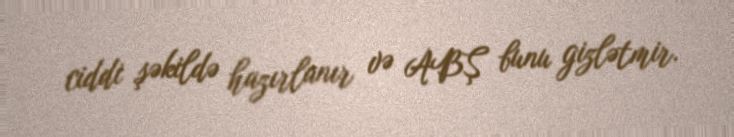
ciddi şəkildə hazırlanır və ABŞ bunu gizlətmir.